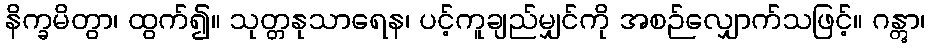
နိက္ခမိတွာ၊ ထွက်၍။ သုတ္တနုသာရေန၊ ပင့်ကူချည်မျှင်ကို အစဉ်လျှောက်သဖြင့်။ ဂန္တွာ၊